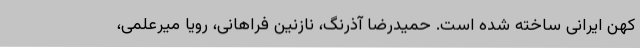
کهن ایرانی ساخته شده است. حمیدرضا آذرنگ، نازنین فراهانی، رویا میرعلمی،